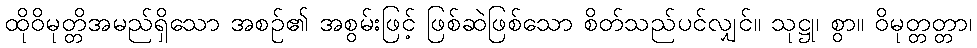
ထိုဝိမုတ္တိအမည်ရှိသော အစဉ်၏ အစွမ်းဖြင့် ဖြစ်ဆဲဖြစ်သော စိတ်သည်ပင်လျှင်။ သုဋ္ဌု၊ စွာ။ ဝိမုတ္တတ္တာ၊